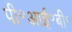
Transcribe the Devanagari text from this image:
पी॰आई॰बी॰